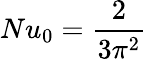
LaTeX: Nu_{0}=\frac{2}{3\pi^{2}}